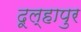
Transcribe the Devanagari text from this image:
दूल्हापुर